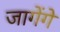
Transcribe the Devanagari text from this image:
जागेंगे